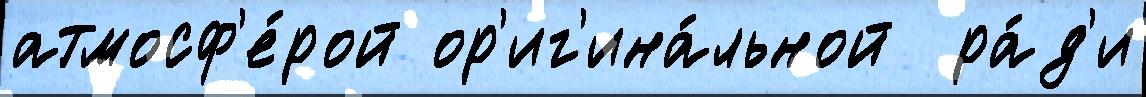
атмосф'е́рой ор'иг'ина́льной  ра́д'и